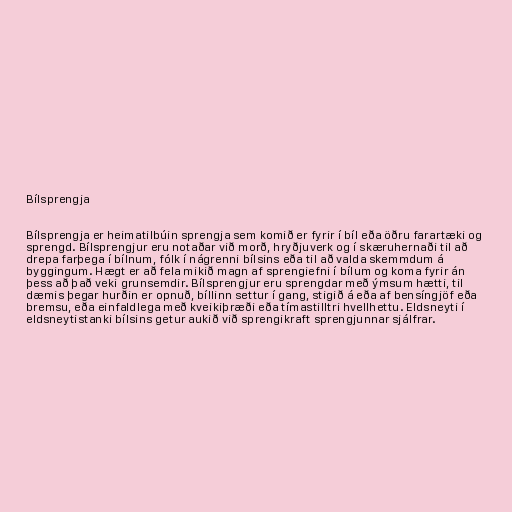
Bílsprengja

Bílsprengja er heimatilbúin sprengja sem komið er fyrir í bíl eða öðru farartæki og
sprengd. Bílsprengjur eru notaðar við morð, hryðjuverk og í skæruhernaði til að
drepa farþega í bílnum, fólk í nágrenni bílsins eða til að valda skemmdum á
byggingum. Hægt er að fela mikið magn af sprengiefni í bílum og koma fyrir án
þess að það veki grunsemdir. Bílsprengjur eru sprengdar með ýmsum hætti, til
dæmis þegar hurðin er opnuð, bíllinn settur í gang, stigið á eða af bensíngjöf eða
bremsu, eða einfaldlega með kveikiþræði eða tímastilltri hvellhettu. Eldsneyti í
eldsneytistanki bílsins getur aukið við sprengikraft sprengjunnar sjálfrar.